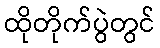
ထိုတိုက်ပွဲတွင်